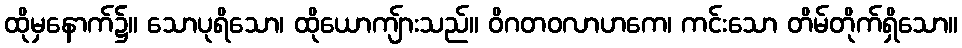
ထိုမှနောက်၌။ သောပုရိသော၊ ထိုယောကျ်ားသည်။ ဝိဂတဝလာဟကေ၊ ကင်းသော တိမ်တိုက်ရှိသော။